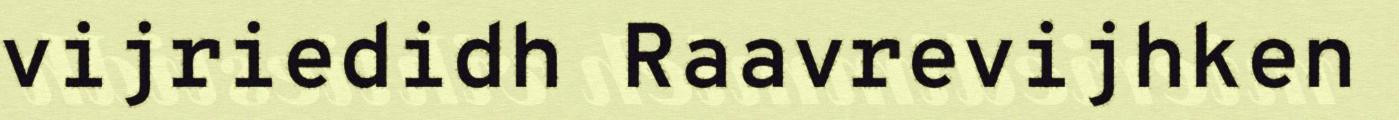
vijriedidh Raavrevijhken